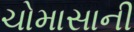
ચોમાસાની